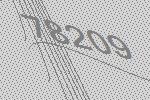
78209